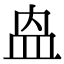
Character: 𭽼